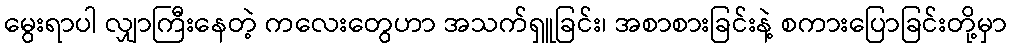
မွေးရာပါ လျှာကြီးနေတဲ့ ကလေးတွေဟာ အသက်ရှူခြင်း၊ အစာစားခြင်းနဲ့ စကားပြောခြင်းတို့မှာ